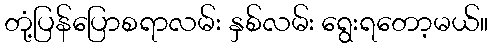
တုံ့ပြန်ပြောစရာလမ်း နှစ်လမ်း ရွေးရတော့မယ်။